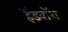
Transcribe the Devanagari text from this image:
हैंडवॉश